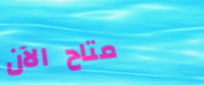
متاح الآن